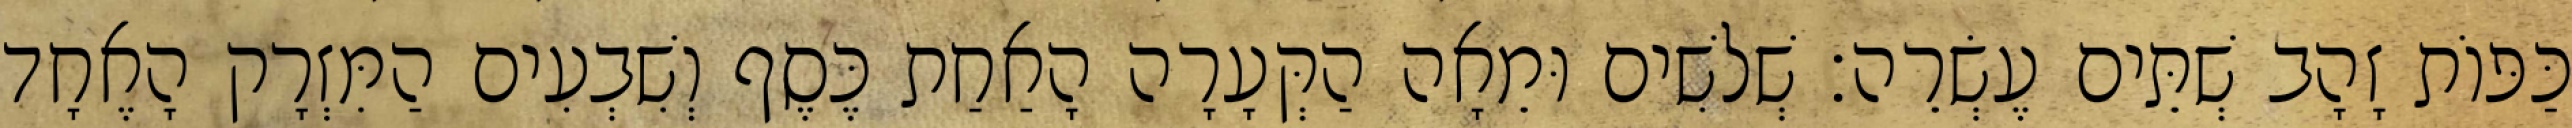
כַּפּוֹת זָהָב שְׁתֵּים עֶשְׂרֵה׃ שְׁלשִׁים וּמֵאָה הַקְּעָרָה הָאַחַת כֶּסֶף וְשִׁבְעִים הַמִּזְרָק הָאֶחָד